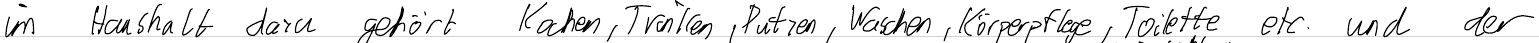
im Haushalt dazu gehört Kochen, Trinken, Putzen, Waschen, Körperpflege, Toilette etc. und der